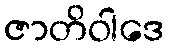
ဇာတိဝါဒေ